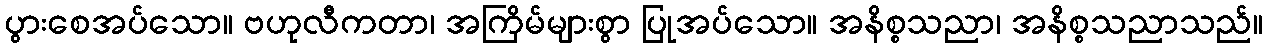
ပွားစေအပ်သော။ ဗဟုလီကတာ၊ အကြိမ်များစွာ ပြုအပ်သော။ အနိစ္စသညာ၊ အနိစ္စသညာသည်။